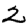
Digit: 2